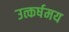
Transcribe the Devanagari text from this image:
उत्कर्षमय